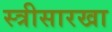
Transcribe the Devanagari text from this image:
स्त्रीसारखा